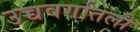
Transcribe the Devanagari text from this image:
उच्चवर्गातली